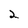
Character: 2